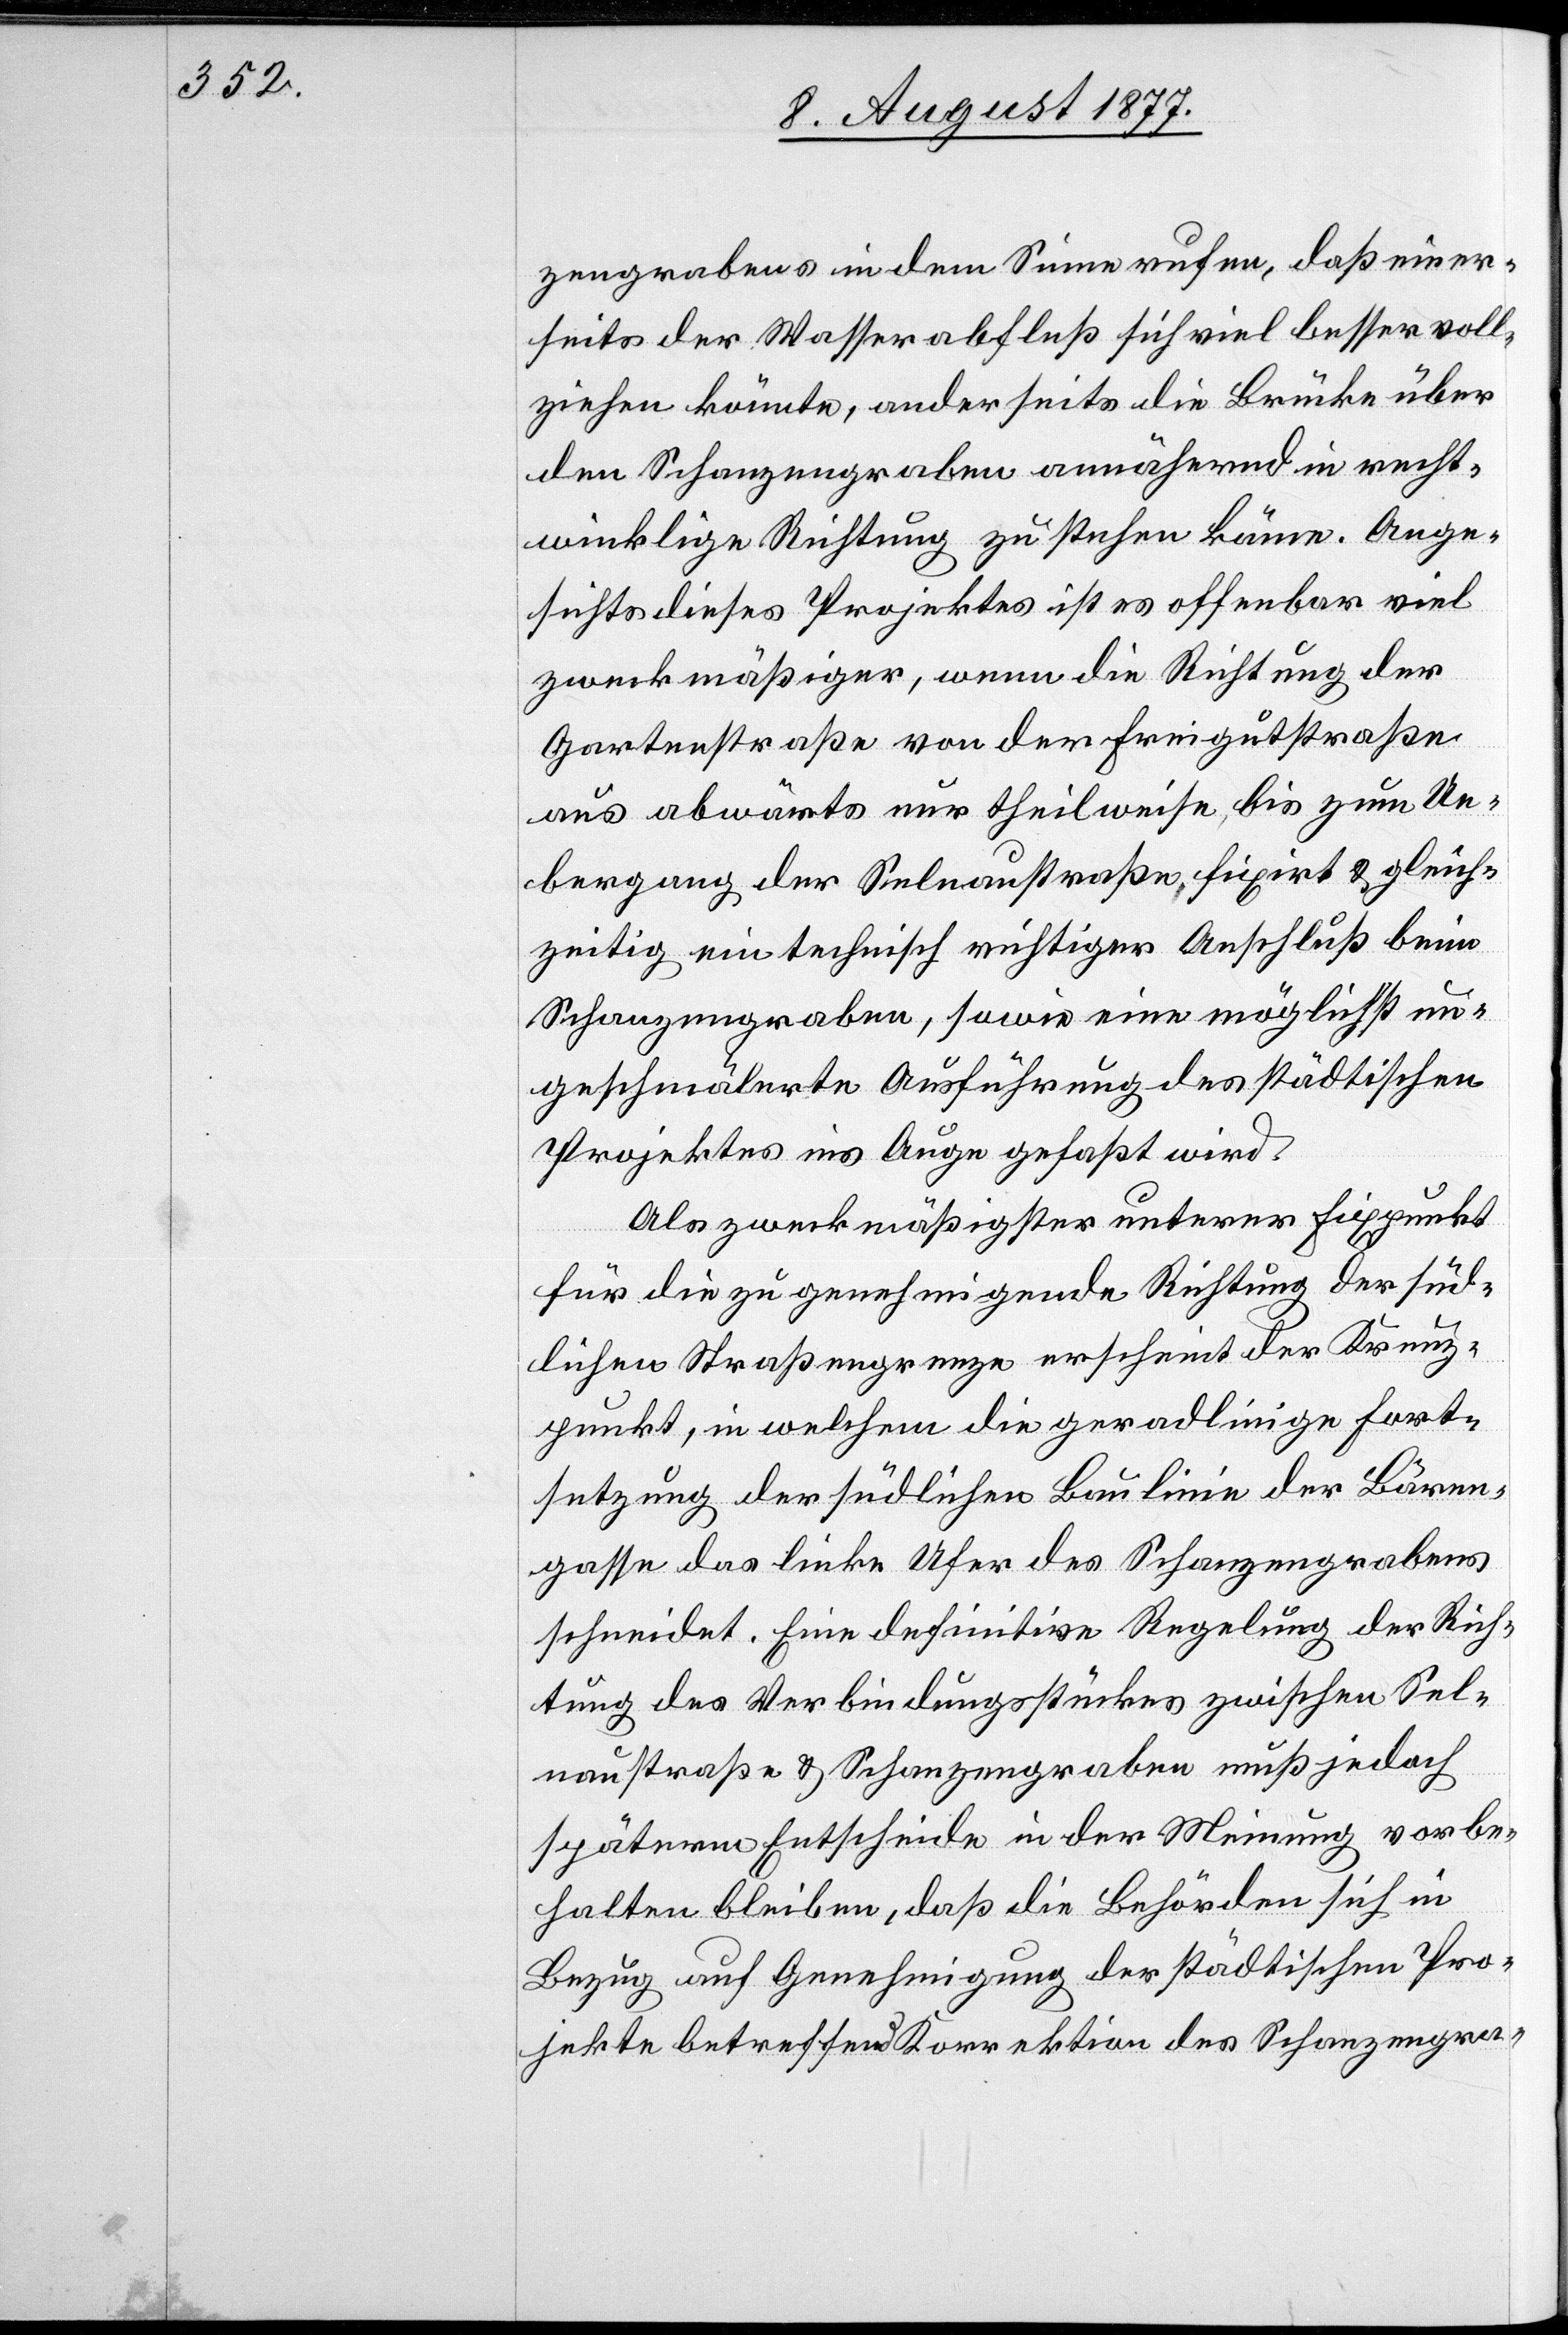
zengrabens in dem Sinne rufen, daß einer¬
seits der Wasserabfluß sich viel besser voll¬
ziehen könnte, anderseits die Brücke über
den Schanzengraben annähernd in recht¬
winklige Richtung zu stehen käme. Ange¬
sichts dieses Projektes ist es offenbar viel
zweckmäßiger, wenn die Richtung der
Gartenstraße von der Freigutstraße
aus abwärts nur theilweise, bis zum Ue¬
bergang der Selnaustraße, fixirt & gleich¬
zeitig ein technisch richtiger Anschluß beim
Schanzengraben, sowie eine möglichst un¬
geschmälerte Ausführung des städtischen
Projektes ins Auge gefaßt wird.
Als zweckmäßigster unterer Fixpunkt
für die zu genehmigende Richtung der süd¬
lichen Straßengrenze erscheint der Kreuz¬
punkt, in welchem die geradlinige Fort¬
setzung der südlichen Baulinie der Bären¬
gasse das linke Ufer des Schanzengrabens
schneidet. Eine definitive Regelung der Rich¬
tung des Verbindungsstückes zwischen Sel¬
naustraße & Schanzengraben muß jedoch
späterm Entscheide in der Meinung vorbe¬
halten bleiben, daß die Behörden sich in
Bezug auf Genehmigung der städtischen Pro¬
jekte betreffend Korrektion des Schanzengra-